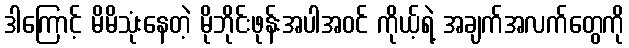
ဒါကြောင့် မိမိသုံးနေတဲ့ မိုဘိုင်းဖုန်းအပါအဝင် ကိုယ့်ရဲ့ အချက်အလက်တွေကို